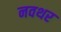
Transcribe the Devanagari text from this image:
नवथर